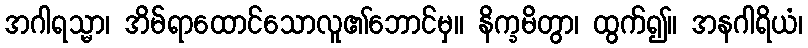
အဂါရသ္မာ၊ အိမ်ရာထောင်သောလူ၏ဘောင်မှ။ နိက္ခမိတွာ၊ ထွက်၍။ အနဂါရိယံ၊